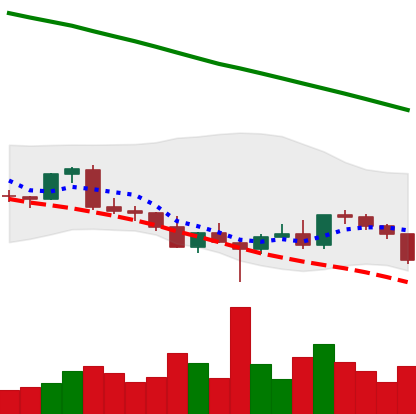
Ticker: EOS-USD
Chart end date: 2022-03-04
Forward return: 3.225%
Label: up_3_5